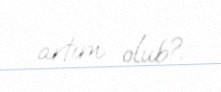
artım olub?.